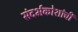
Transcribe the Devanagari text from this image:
संदर्भकोशांची